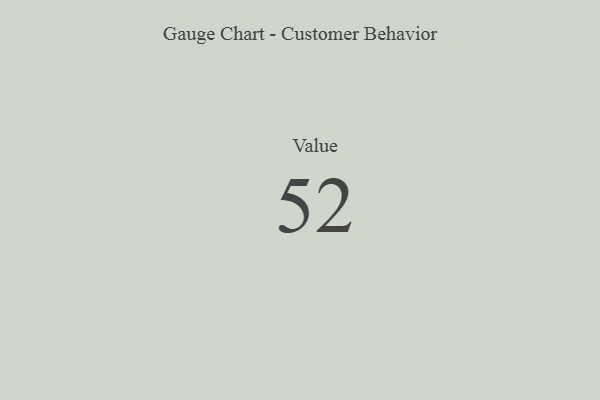
{"axis": {"x": "Metric", "y": "Value"}, "legend": [""], "data": [{"x": "Value", "y": 52, "type": ""}]}